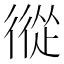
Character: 𢕩